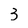
Character: 3